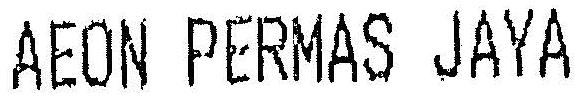
AEON PERMAS JAYA